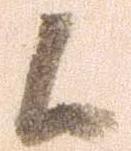
候